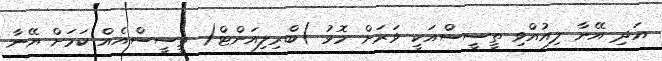
އަދި އޭނާ ލިއުއްވި ތީސީސްއަކީ ވަރަށް މޮޅު )ބްރިލިއަންޓް( ތީސީސްއެއް ކަމަށް އޭނާ